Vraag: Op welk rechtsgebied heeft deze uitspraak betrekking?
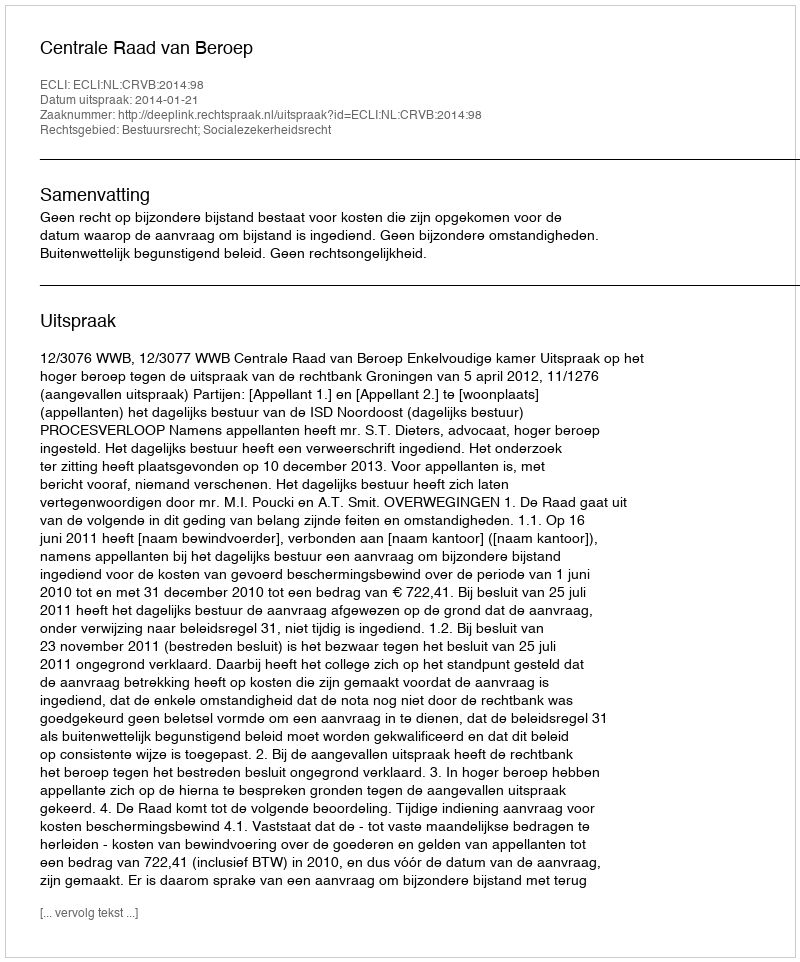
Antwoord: Bestuursrecht; Socialezekerheidsrecht